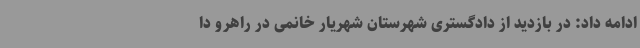
ادامه داد: در بازدید از دادگستری شهرستان شهریار خانمی در راهرو دا